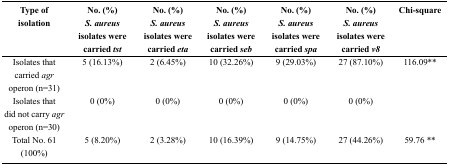
<table><thead><tr><td><b>Type of isolation</b></td><td><b>No. (%) <i>S. aureus</i> isolates were carried <i>tst</i></b></td><td><b>No. (%) <i>S. aureus</i> isolates were carried <i>eta</i></b></td><td><b>No. (%)<i>S. aureus</i> isolates were carried <i>seb</i></b></td><td><b>No. (%)<i>S. aureus</i> isolates were carried <i>spa</i></b></td><td><b>No. (%)<i>S. aureus</i> isolates were carried <i>v8</i></b></td><td><b>Chi-square</b></td></tr></thead><tbody><tr><td><i>Isolates that carried agr</i> operon (n=31)</td><td>5 (16.13%)</td><td>2 (6.45%)</td><td>10 (32.26%)</td><td>9 (29.03%)</td><td>27 (87.10%)</td><td>116.09<sup>**</sup></td></tr><tr><td>Isolates that did not carry <i>agr</i> operon (n=30)</td><td>0 (0%)</td><td>0 (0%)</td><td>0 (0%)</td><td>0 (0%)</td><td>0 (0%)</td><td></td></tr><tr><td>Total No. 61 (100%)</td><td>5 (8.20%)</td><td>2 (3.28%)</td><td>10 (16.39%)</td><td>9 (14.75%)</td><td>27 (44.26%)</td><td>59.76 <sup>**</sup></td></tr></tbody></table>